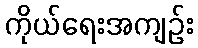
ကိုယ်ရေးအကျဉ်း